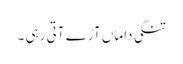
تنگی داماں آڑے آتی رہی ۔